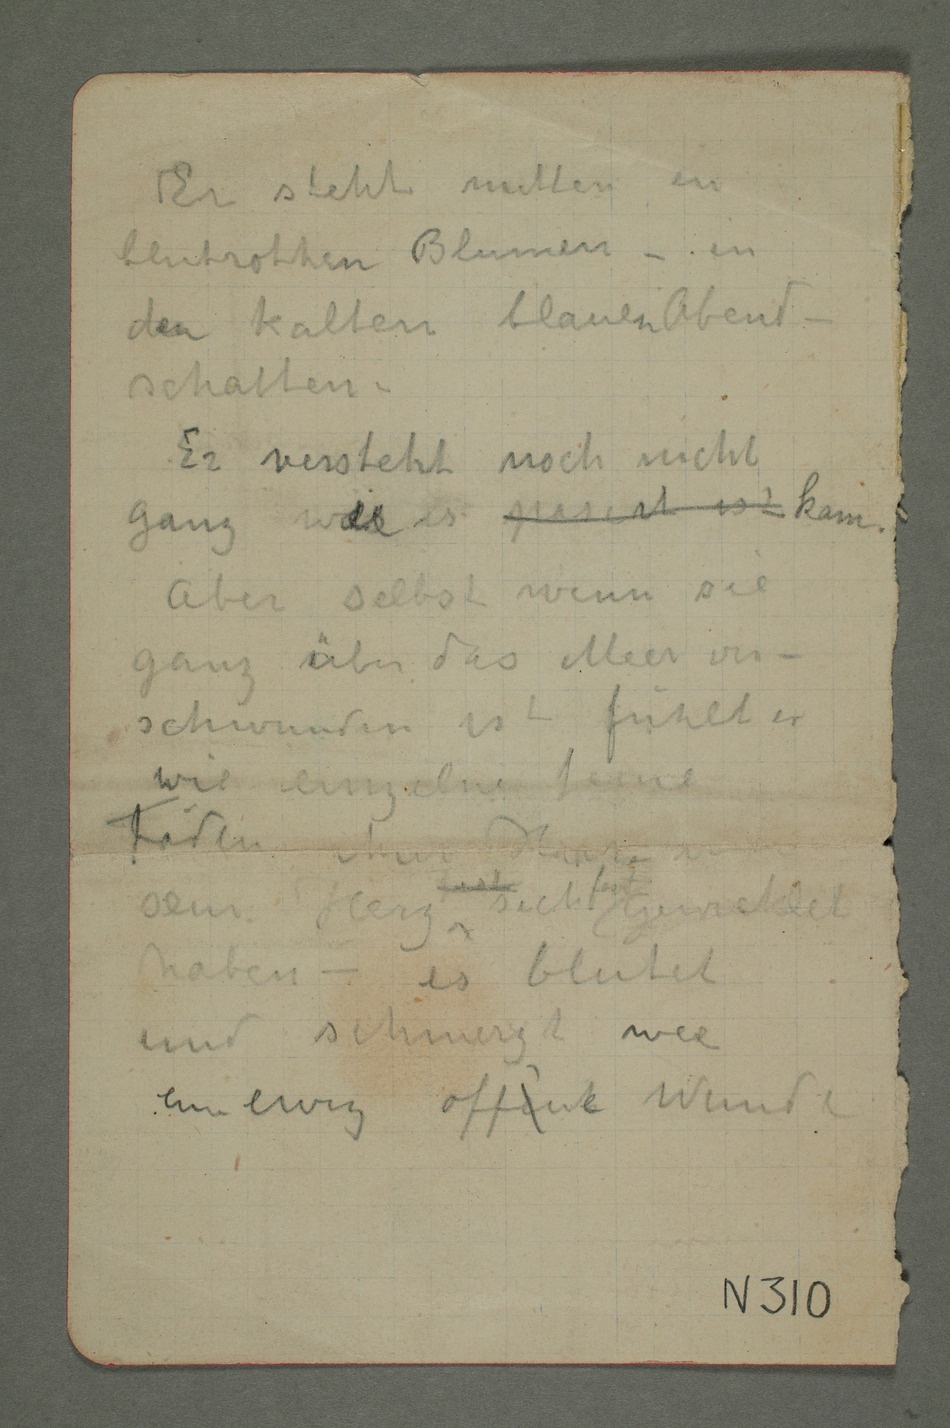
Er steht mitten
in
den kalten blauen Abend-
– Er versteht noch nicht
ganz wie es pasirt ist kam.
Aber
wenn sie
ganz über das Meer
schwunden ist fühlt er
wie einzelne feine Fäden ihres
– es blutet
und schmerzt wie